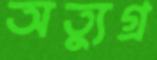
অত্যুগ্র